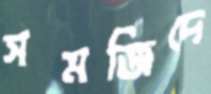
সমজিদে